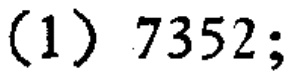
(1) \(7352;\)